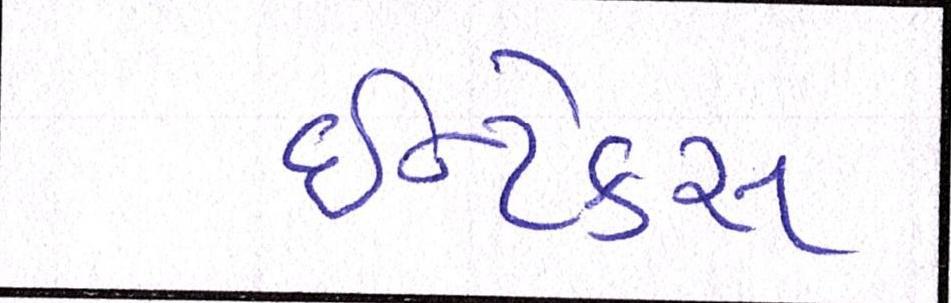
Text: ઈન્ટેક્સ